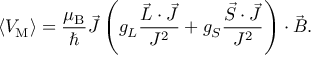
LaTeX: \langle V _ { \mathrm { { M } } } \rangle = { \frac { \mu _ { \mathrm { { B } } } } { \hbar } } { \vec { J } } \left( g _ { L } { \frac { { \vec { L } } \cdot { \vec { J } } } { J ^ { 2 } } } + g _ { S } { \frac { { \vec { S } } \cdot { \vec { J } } } { J ^ { 2 } } } \right) \cdot { \vec { B } } .